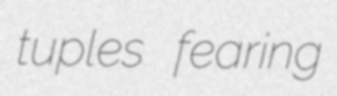
tuples fearing